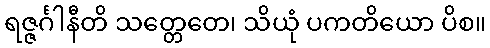
ရဇ္ဇင်္ဂါနီတိ သတ္တေတေ၊ သိယုံ ပကတိယော ပိစ။